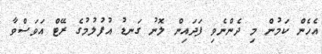
އެހެން ކަމުން މި ދެންނެވި ފަދައިން ލޮނު ގަނޑު އުފުލުމުގެ ރޭޓް އަވަސްވާ